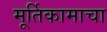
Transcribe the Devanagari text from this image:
मूर्तिकामाचा